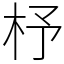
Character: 杼